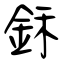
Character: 鉌